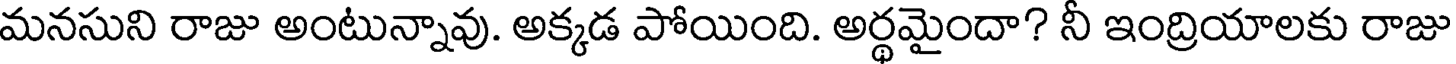
మనసుని రాజు అంటున్నావు. అక్కడ పోయింది. అర్థమైందా? నీ ఇంద్రియాలకు రాజు